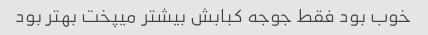
خوب بود فقط جوجه کبابش بیشتر میپخت بهتر بود